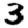
Digit: 3